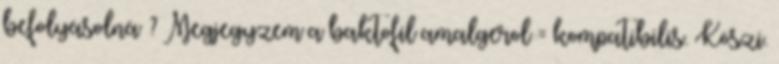
befolyásolná ? Megjegyzem a baktofil amalgerol = kompatibilis. Köszi.